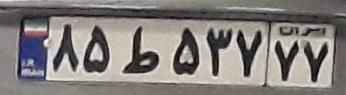
۸۵ط۵۳۷۷۷